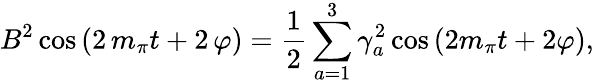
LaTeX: B^{2}\cos\, (2\, m_{\pi}t+2\, \varphi)={\frac{1}{2}}\sum_{a=1}^{3}\gamma_{a}^{2}\cos\, (2m_{\pi}t+2\varphi),